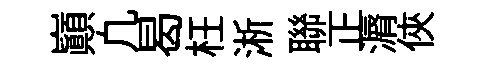
巔凢曷枉淅聯正漘俠